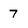
Character: 7